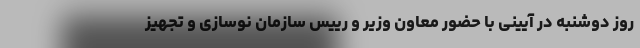
روز دوشنبه در آیینی با حضور معاون وزیر و رییس سازمان نوسازی و تجهیز